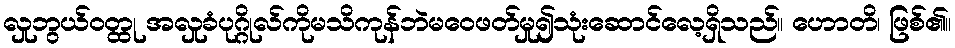
လှုဘွယ်ဝတ္ထု အလှုခံပုဂ္ဂိုလ်ကိုမသိကုန်ဘဲမဝေဖတ်မှု၍သုံးဆောင်လေ့ရှိသည်။ ဟောတိ၊ ဖြစ်၏။